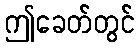
ဤခေတ်တွင်